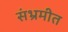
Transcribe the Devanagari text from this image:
संभ्रमीत